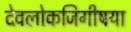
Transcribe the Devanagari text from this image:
देवलोकजिगीषया